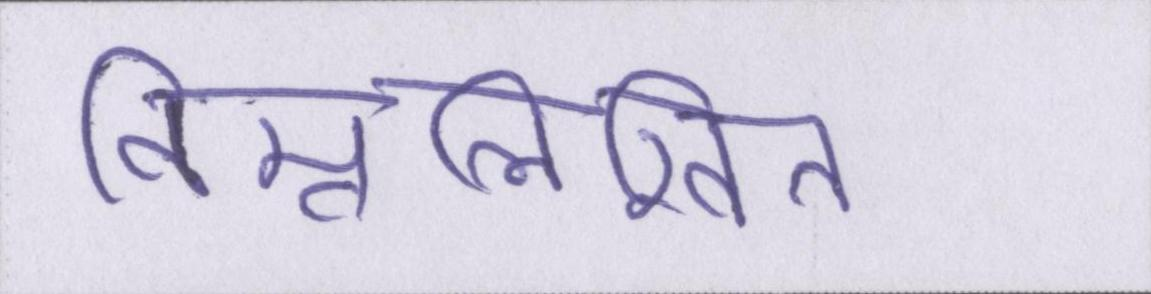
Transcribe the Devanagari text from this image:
निम्नलिखित